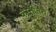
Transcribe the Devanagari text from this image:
कुस्तीतच